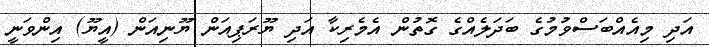
އަދި މިއެއްބަސްވުމުގެ ބަދަލެއްގެ ގޮތުން އެމެރިކާ އަދި ޔޫރަޕިއަން ޔޫނިއަން (އީޔޫ) އިންވަނީ